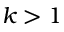
k > 1